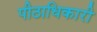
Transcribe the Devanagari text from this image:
पीठाधिकारी